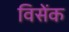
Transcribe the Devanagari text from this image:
विसेंक